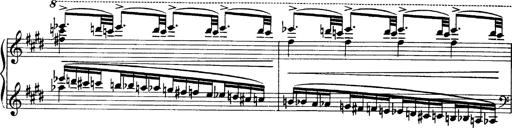
Title: OuvertÃ¼re zu TannhÃ¤user
Composer: Franz Liszt